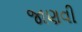
જાણવી